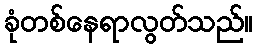
ခုံတစ်နေရာလွတ်သည်။